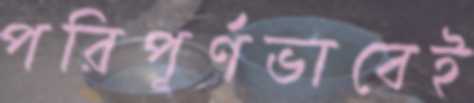
পরিপূর্ণভাবেই